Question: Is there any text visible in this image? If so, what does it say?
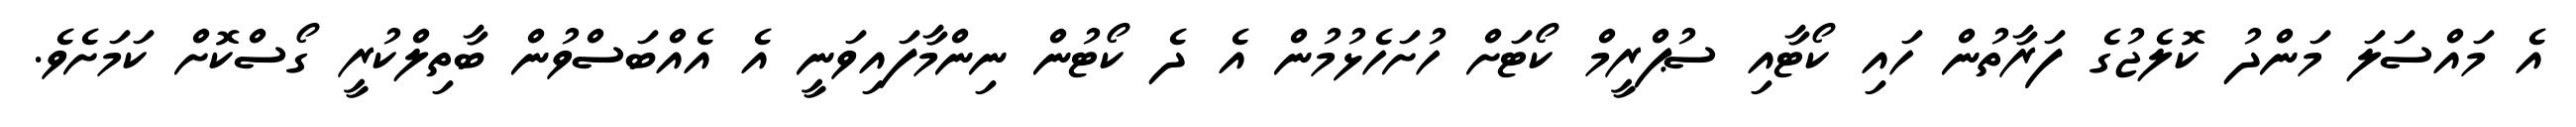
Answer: އެ މައްސަލަ މަންދު ކޮލެޖުގެ ފަރާތުން ހައި ކޯޓާއި ސުޕްރީމް ކޯޓަށް ހުށަހެޅުމުން އެ ދެ ކޯޓުން ނިންމާފައިވަނީ އެ އެއްބަސްވުން ބާތިލްކުރީ ގޯސްކޮށް ކަމަށެވެ.